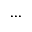
. . .